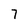
Character: 7